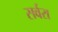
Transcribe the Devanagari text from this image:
सर्वरा